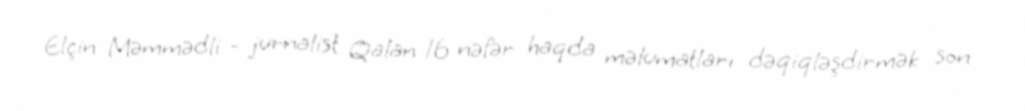
Elçin Məmmədli - jurnalist Qalan 16 nəfər haqda məlumatları dəqiqləşdirmək son